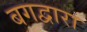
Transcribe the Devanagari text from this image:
बगद्वारा